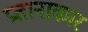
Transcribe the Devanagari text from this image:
प्रतानाकार